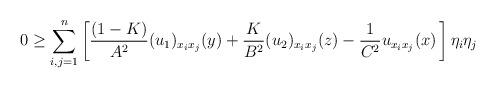
LaTeX: \begin{align*}0\geq \sum\limits_{i,j=1}^{n} \left[\frac{(1-K)}{A^2} (u_1)_{x_i x_j}(y)+\frac{K}{B^2} (u_2)_{x_i x_j}(z) - \frac{1}{C^2} u_{x_i x_j}(x)\, \right]\eta_i \eta_j \end{align*}